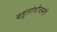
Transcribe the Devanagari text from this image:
बहुतांशीवस्ती